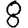
Digit: 8